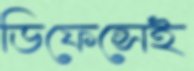
ডিফেন্সেই